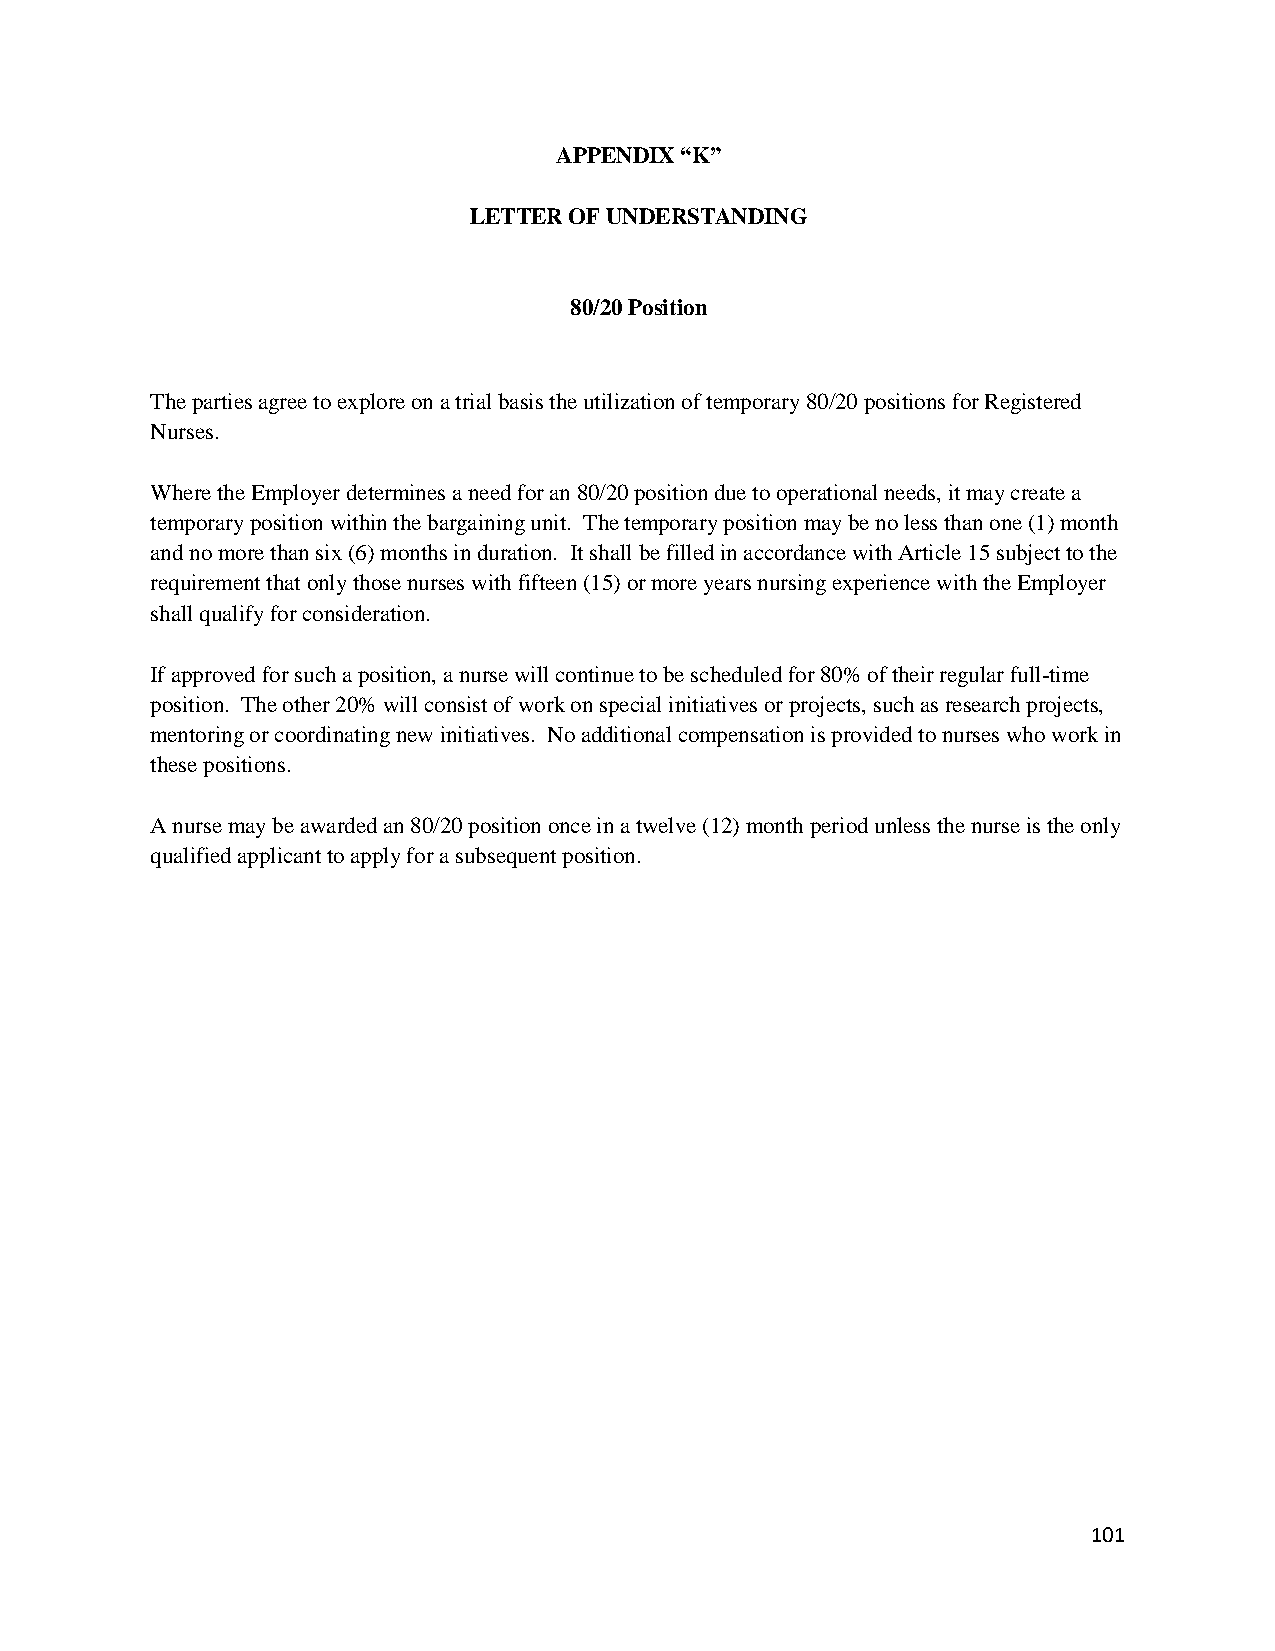
APPENDIX “K”
 LETTER OF UNDERSTANDING
 80/20 Position
 The parties agree to explore on a trial basis the utilization of temporary 80/20 positions for Registered
 Nurses.
 Where the Employer determines a need for an 80/20 position due to operational needs, it may create a
 temporary position within the bargaining unit. The temporary position may be no less than one (1) month
 and no more than six (6) months in duration. It shall be filled in accordance with Article 15 subject to the
 requirement that only those nurses with fifteen (15) or more years nursing experience with the Employer
 shall qualify for consideration.
 If approved for such a position, a nurse will continue to be scheduled for 80% of their regular full-time
 position. The other 20% will consist of work on special initiatives or projects, such as research projects,
 mentoring or coordinating new initiatives. No additional compensation is provided to nurses who work in
 these positions.
 A nurse may be awarded an 80/20 position once in a twelve (12) month period unless the nurse is the only
 qualified applicant to apply for a subsequent position.
 101